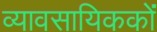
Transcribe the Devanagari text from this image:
व्यावसायिककों